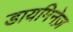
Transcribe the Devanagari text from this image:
डायमिनेज़